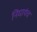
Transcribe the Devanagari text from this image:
निघायंच